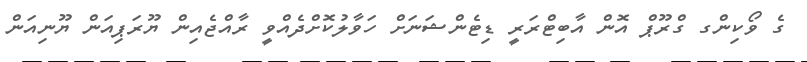
ގެ ވޯކިންގ ގްރޫޕް އޮން އާބިޓްރަރީ ޑިޓެންޝަނަށް ހަވާލުކޮށްދެއްވީ ރާއްޖެއިން ޔޫރަޕިއަން ޔޫނިއަން